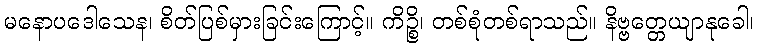
မနောပဒေါသေန၊ စိတ်ပြစ်မှားခြင်းကြောင့်။ ကိဉ္စိ၊ တစ်စုံတစ်ရာသည်။ နိဗ္ဗတ္တေယျာနုခေါ၊